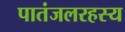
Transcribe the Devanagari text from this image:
पातंजलरहस्य